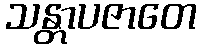
သန္တာပဇာတေ